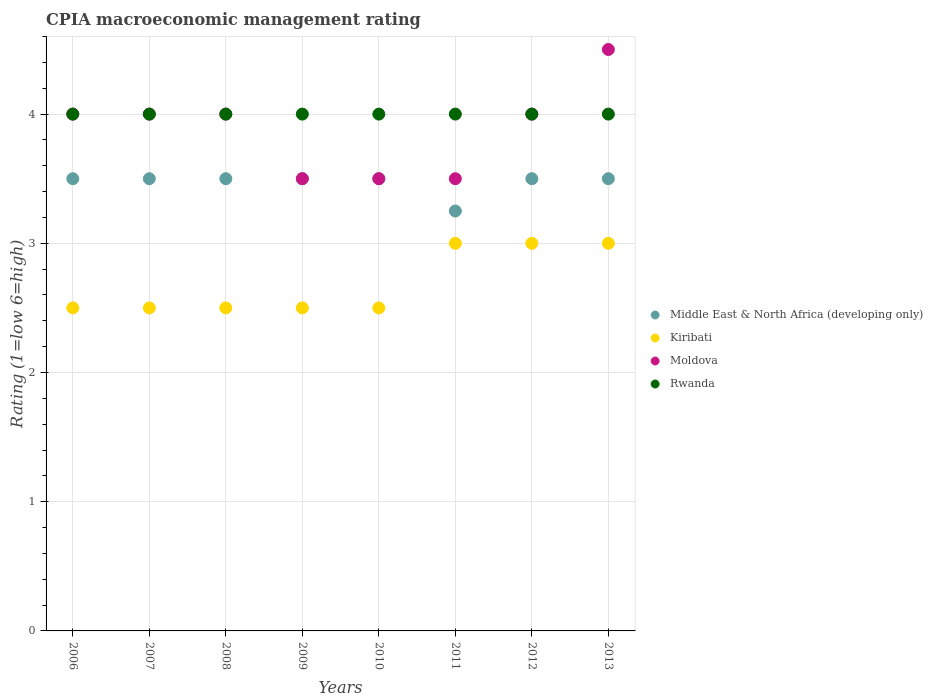
| Years | Middle East & North Africa (developing only) | Kiribati | Moldova | Rwanda |
 | --- | --- | --- | --- | --- |
 | 2006 | 3.5 | 2.5 | 4 | 4 |
 | 2007 | 3.5 | 2.5 | 4 | 4 |
 | 2008 | 3.5 | 2.5 | 4 | 4 |
 | 2009 | 3.5 | 2.5 | 3.5 | 4 |
 | 2010 | 3.5 | 2.5 | 3.5 | 4 |
 | 2011 | 3.25 | 3 | 3.5 | 4 |
 | 2012 | 3.5 | 3 | 4 | 4 |
 | 2013 | 3.5 | 3 | 4.5 | 4 |